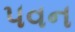
૫વન